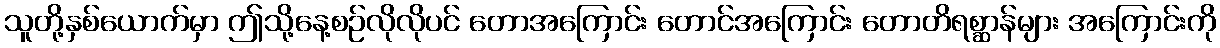
သူတို့နှစ်ယောက်မှာ ဤသို့နေ့စဉ်လိုလိုပင် တောအကြောင်း တောင်အကြောင်း တောတိရစ္ဆာန်များ အကြောင်းကို